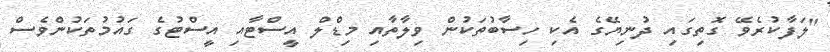
"ލަފާކުރެވޭ ގޮތިގައި ދުނިޔޭގެ އެކި ހިސާބުތަކުން ވިލާތާއި މިޑްލް އީސްޓާއި އީސްޓުގެ ގައުމުތަކުންވެސް